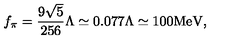
f _ { \pi } = \frac { 9 \sqrt { 5 } } { 2 5 6 } \Lambda \simeq 0 . 0 7 7 \Lambda \simeq 1 0 0 \mathrm { M e V } ,